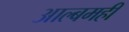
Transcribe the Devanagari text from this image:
आल्बमही